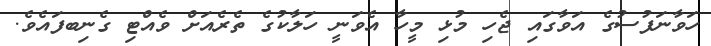
ހަވާނަފުސުގެ އަވާގައި ޖެހި މުޅި މީހާ އެވަނީ ހަލާކުގެ ތެރެއަށް ވެއްޓި ގެނިބފައެވެ.